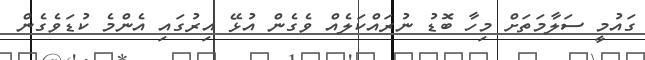
ގައުމީ ސަލާމަތަށް މިހާ ބޮޑު ނުރައްކަލެއް ވެގެން އުޅޭ އިރުގައި އެންމެ ކުޑަވެގެން